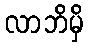
လာဘိမှိ